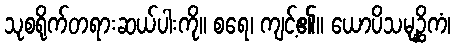
သုစရိုက်တရားဆယ်ပါးကို။ စရေ၊ ကျင့်၏။ ယောပိသမုဉ္ဆိကံ၊